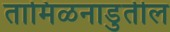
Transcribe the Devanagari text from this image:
तामिळनाडुतील